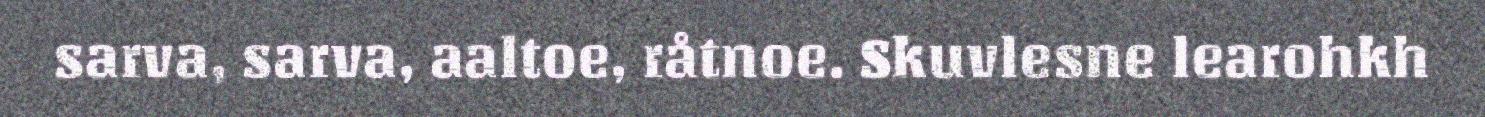
sarva, sarva, aaltoe, råtnoe. Skuvlesne learohkh